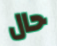
حال